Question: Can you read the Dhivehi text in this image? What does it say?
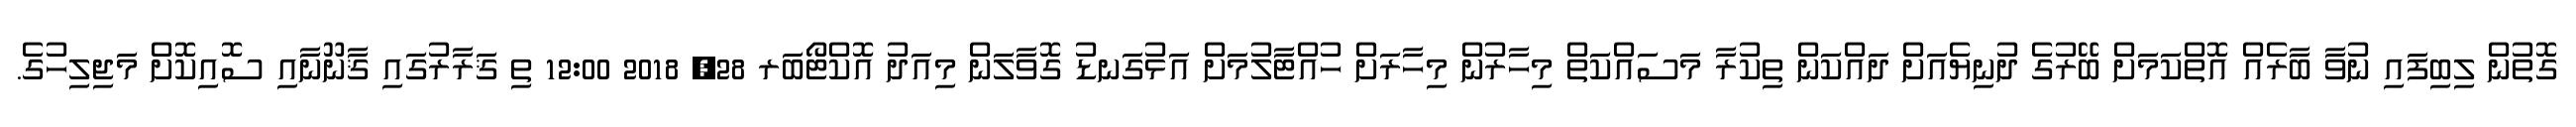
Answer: ގޮތުން ލިބިފައި ނުވާ ބާރެއް އޮތްކަމަށް ބޭރުގެ ދުނިޔެއަށް ދައްކަން ތިކުރާ މަސައްކަތް މިހާރުން މިހާރަށް ހުއްޓާލުމަށް އަޅުގަނޑު ގޮވާލަން މިއަދު އޮކްޓޯބަރ 28, 2018 12:00 ތި ޤަރާރުގައި ޤާނޫނާއި ސޮއިކޮށް މަޖިލިހުގެ.